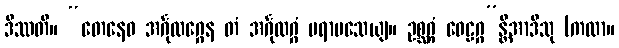
ဒိဿတိ။ “တေနေဝ အင်္ဂုလဂ္ဂေန တံ အင်္ဂုလဂ္ဂံ ပရာမသေယျ။ ဥစ္ဆဂ္ဂံ ဝေဠဂ္ဂ”န္တိအာဒီသု (ကထာ။